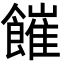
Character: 𩞅